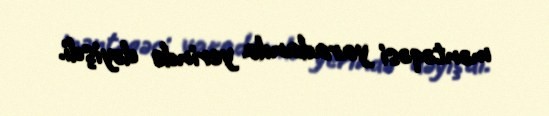
məntəqəsi yaradanda yerində dəyişdi.